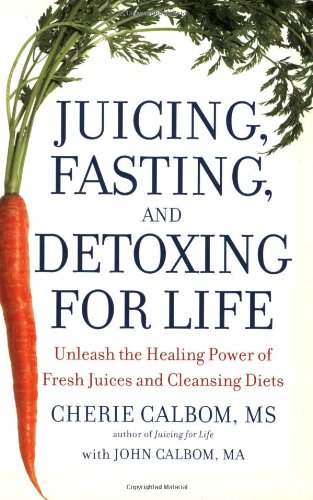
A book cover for Juicing, Fasting, and Detoxing for Life: Unleash the Healing Power of Fresh Juices and Cleansing Diets; Cherie Calbom MS; Cookbooks, Food & Wine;